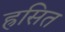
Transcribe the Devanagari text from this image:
ह्रसित